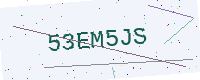
Text: 53EM5JS